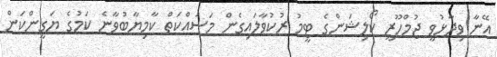
އޭނާ ވިދާޅުވީ ޖުމްހޫރީ ކޯލިޝަންގެ ޓީމު ރުކުވާލައިގެން މަސައްކަތް ކާމިޔާބުވާނެ ކަމުގެ ޔަގީންކަން